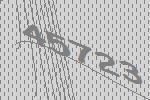
45723